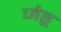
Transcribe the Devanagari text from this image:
जेहू